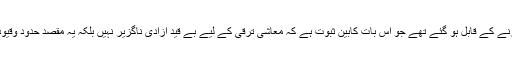
معاشی اعتبار سے کمزور ترین افرادبھی زکوٰة ادا کرنے کے قابل ہو گئے تھے جو اس بات کابین ثبوت ہے کہ معاشی ترقی کے لیے بے قید آزادی ناگزیر نہیں بلکہ یہ مقصد حدود وقیود کے اندر رہ کر بھی بخو بی حاصل کیا جاسکتا ہے۔